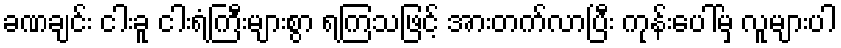
ခဏချင်း ငါးခူ ငါးရံ့ကြီးများစွာ ရကြသဖြင့် အားတက်လာပြီး ကုန်းပေါ်မှ လူများပါ